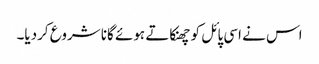
اس نے اسی پائل کو چھنکاتے ہوئے گانا شروع کردیا۔